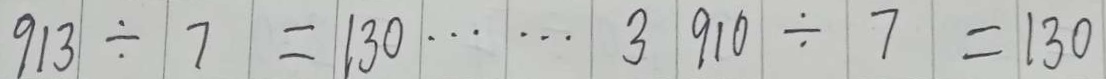
9 1 3 \div 7 = 1 3 0 \cdots 3 9 1 0 \div 7 = 1 3 0